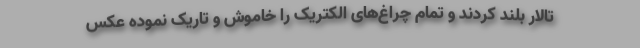
تالار بلند کردند و تمام چراغ‌های الکتریک را خاموش و تاریک نموده عکس